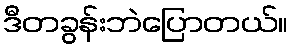
ဒီတခွန်းဘဲပြောတယ်။